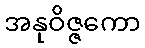
အနုဝိဇ္ဇကော